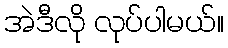
အဲဒီလို လုပ်ပါမယ်။